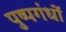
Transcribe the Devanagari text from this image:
पुष्पगंधों